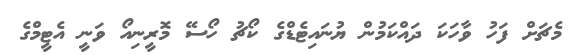
މެޗަށް ފަހު ވާހަކަ ދައްކަމުން ޔުނައިޓެޑްގެ ކޯޗު ހޯސޭ މޮރީނިއޯ ވަނީ އެޓީމްގެ